Medical and sanitary report of the native army of Madras for the year
Year: 1878
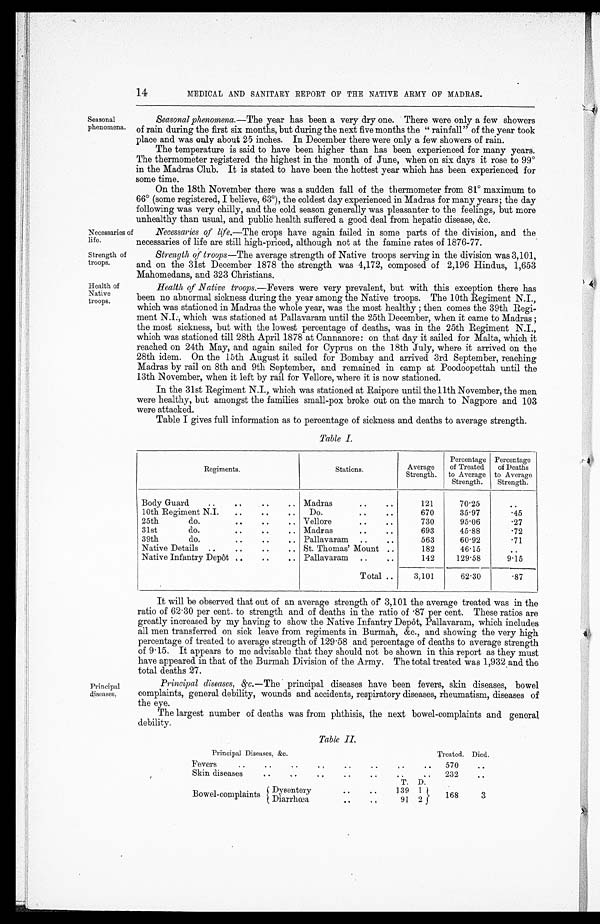
Necessaries of
life.
Strength of
troops.
Health of
Native
troops.
14
MEDICAL AND SANITARY REPORT OF THE NATIVE ARMY OF MADRAS.
Seasonal
phenomena.
Seasonal phenomena. —The year has been a very dry one. There were only a few showers
of rain during the first six months, but during the next five months the "rainfall" of the year took
place and was only about 25 inches. In December there were only a few showers of rain.
The temperature is said to have been higher than has been experienced for many years.
The thermometer registered the highest in the month of June, when on six days it rose to 99°i
n the Madras Club. It is stated to have been the hottest year which has been experienced for
some time.
On the 18th November there was a sudden fall of the thermometer from 81° maximum to
66° (some registered, I believe, 63°), the coldest day experienced in Madras for many years; the day
following was very chilly, and the cold season generally was pleasanter to the feelings, but more
unhealthy than usual, and public health suffered a good deal from hepatic disease, &c.
Necessaries of life.—The crops have again failed in some parts of the division, and the
necessaries of life are still high-priced, although not at the famine rates of 1876-77.
Strength of troops —The average strength of Native troops serving in the division was 3,101,
and on the 31st December 1878 the strength was 4,172, composed of 2,196 Hindus, 1,653
Mahomedans, and 323 Christians.
Health of Native troops. —Fevers were very prevalent, but with this exception there has
been no abnormal sickness during the year among the Native troops. The 10th Regiment N.I.,
which was stationed in Madras the whole year, was the most healthy ; then comes the 39th Regi-
ment N.I., which was stationed at Pallavaram until the 25th December, when it came to Madras ;
the most sickness, but with the lowest percentage of deaths, was in the 25th Regiment
N . I . , w h i c h w a s s t a t i o n e d t i l l 2 8 t h A p r i l 1 8 7 8 a t C a n n a n o r e : o n t h a t d a y i t s a i l e d f o r M a l t a , w h i c h i t
reached on 24th May, and again sailed for Cyprus on the 18th July, where it arrived on the
28th idem. On the 15th August it sailed for Bombay and arrived 3rd September, reaching
Madras by rail on 8th and 9th September, and remained in camp at Poodoopettah until the
13th November, when it left by rail for Vellore, where it is now stationed.
In the 31st Regiment N.I., which was stationed at Raipore until the 11th November, the men
were healthy, but amongst the families small-pox broke out on the march to Nagpore and 103
were attacked.
Table I gives full information as to percentage of sickness and deaths to average strength.
Table I.
Regiments.
Stations.
Average
Strength.
Percentage
of Treated
to Average
Strength.
Percentage
of Deaths
to Average
Strength.
Body Guard
..
. .
. .
.. Madras..
..
121
70.25
. .
10th Regiment N.I.
..
..
.. Do.
..
. .
670
35.97
.45
25th
do.
..
..
. . Vellore
. .
730
95.06
.27
31st
do.
. . ..
.. Madras..
. .
6 9 3
45.88
.72
39th
do.
. .
. .
. . Pallavaram ..
. .
563
60.92
.71
Native Details ..
. .
..
.. St. Thomas' Mount ..
182
46.15
..
Native Infantry Depôt . .
. . .. Pallavaram ..
. .
142
129.58
9.15
Total ..
3,101
62.30
.87
Principal
diseases.
It will be observed that out of an average strength of 3,101 the average treated was in the
ratio of 62.30 per cent. to strength and of deaths in the ratio of .87 per cent. These ratios are
greatly increased by my having to show the Native Infantry Depôt, Pallavaram, which includes
all men transferred on sick leave from regiments in Burmah, &c., and showing the very high
percentage of treated to average strength of 129.58 and percentage of deaths to average strength
of 9.15. It appears to me advisable that they should not be shown in this report as they must
have appeared in that of the Burmah Division of the Army. The total treated was 1,932 and the
t ot al deat hs 27.
Principal diseases, &c.—The principal diseases have been fevers, skin diseases, bowel
complaints, general debility, wounds and accidents, respiratory diseases, rheumatism, diseases of
the eye.
The largest number of deaths was from phthisis, the next bowel-complaints and general
debility.
Table II.
Principal Diseases, &c.
Treated. Died.
Fevers
..
..
. .
. .
..
. .
. . . . 570
. .
Skin diseases
..
. .
. . ..
. .
..
. . 232
. .
T. D.
Bowel-complaints Dysentery
..
..
139 1
168
3
Diarrhœa
. .
. .
91
2